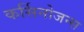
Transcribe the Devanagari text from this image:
कर्सिनोजन्स